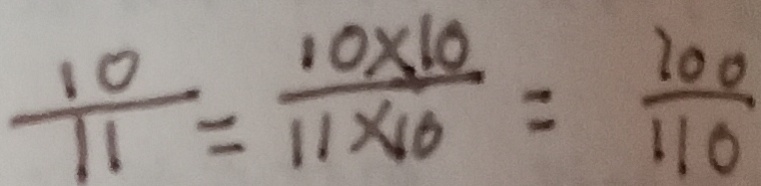
\frac { 1 0 } { 1 1 } = \frac { 1 0 \times 1 0 } { 1 1 \times 1 0 } = \frac { 2 0 0 } { 1 1 0 }